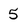
Character: 5